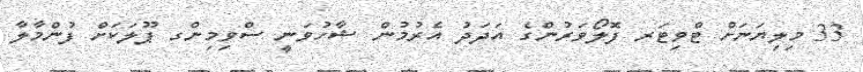
33 މިލިޔަނަށް ޓްވިޓަރ ފޮލޯވަރުންގެ އަދަދު އެރުމުން ޝާހުވަނީ ސްވިމިންގ ޕޫލަކަށް ފުންމާލާ